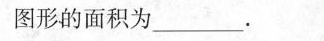
图形的面积为___.